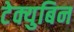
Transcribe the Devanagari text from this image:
टेक्युबिन